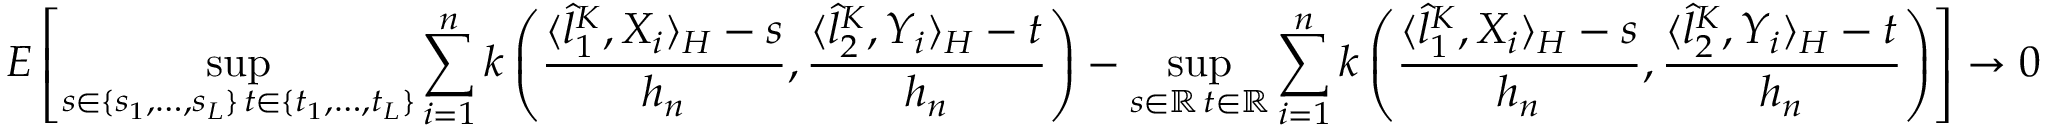
E \left[ \operatorname* { s u p } _ { \substack { s \in \{ s _ { 1 } , \ldots , s _ { L } \} \, t \in \{ t _ { 1 } , \ldots , t _ { L } \} } } \sum _ { i = 1 } ^ { n } k \left( \frac { \langle \hat { l } _ { 1 } ^ { K } , X _ { i } \rangle _ { \cal { H } } - s } { h _ { n } } , \frac { \langle \hat { l } _ { 2 } ^ { K } , Y _ { i } \rangle _ { \cal { H } } - t } { h _ { n } } \right) - \operatorname* { s u p } _ { \substack { s \in \mathbb { R } \, t \in \mathbb { R } } } \sum _ { i = 1 } ^ { n } k \left( \frac { \langle \hat { l } _ { 1 } ^ { K } , X _ { i } \rangle _ { \cal { H } } - s } { h _ { n } } , \frac { \langle \hat { l } _ { 2 } ^ { K } , Y _ { i } \rangle _ { \cal { H } } - t } { h _ { n } } \right) \right] \rightarrow 0